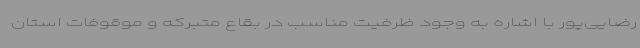
رضایی‌پور با اشاره به وجود ظرفیت مناسب در بقاع متبرکه و موقوفات استان